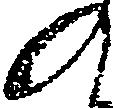
の